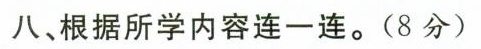
八、根据所学内容连一连。(8分)